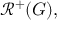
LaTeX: { \mathcal { R } } ^ { + } ( G ) ,